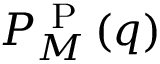
P _ { M } ^ { \mathrm { ~ P ~ } } ( q )